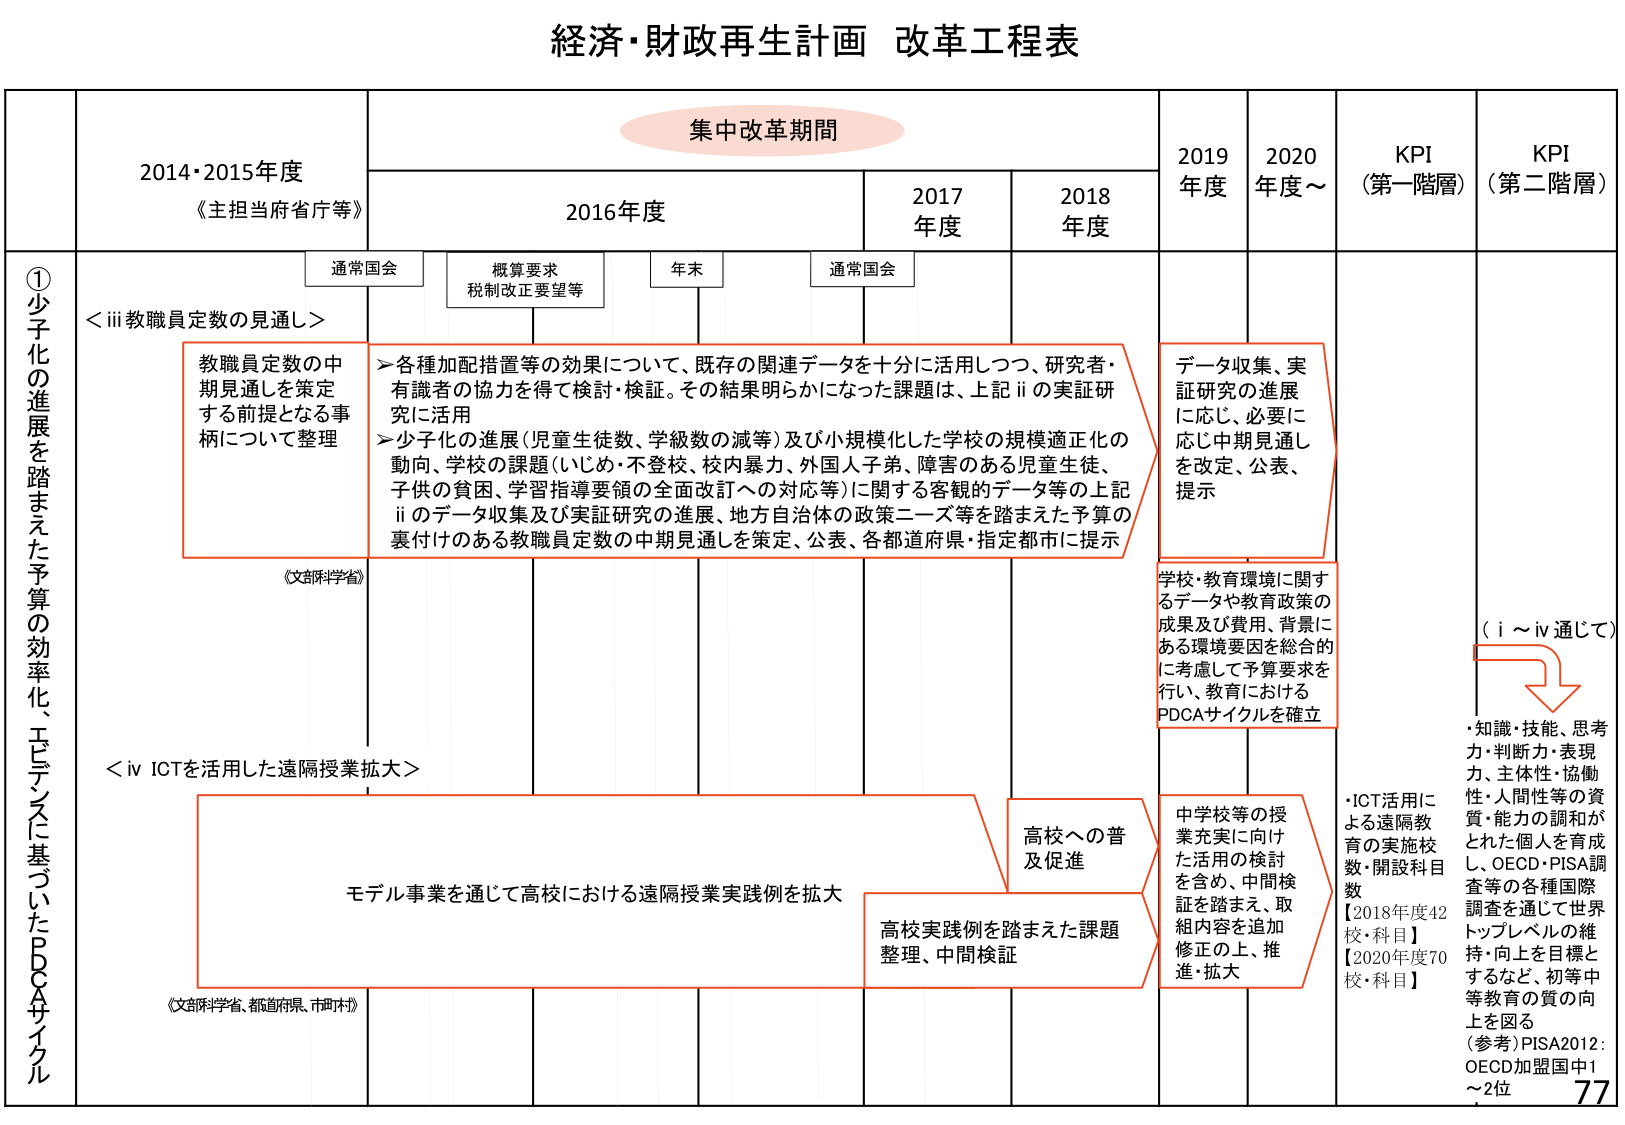
経済・財政再生計画 改革工程表

集中改革期間

2014・2015年度
《主担当府省庁等》

2016年度
通常国会
概算要求
税制改正要望等
年末
通常国会

2017年度
2018年度
2019年度
2020年度～
KPI（第一階層）
KPI（第二階層）

①少子化の進展を踏まえた予算の効率化、エビデンスに基づいたPDCAサイクル

＜iii 教職員定数の見通し＞

教職員定数の中 期見通しを策定 する前提となる事 柄について整理
（文部科学省）

＞各種加配措置等の効果について、既存の関連データを十分に活用しつつ、研究者・ 有識者の協力を得て検討・検証。その結果明らかになった課題は、上記iiの実証研 究に活用
＞少子化の進展（児童生徒数、学級数の減等）及び小規模化した学校の規模適正化の 動向、学校の課題（いじめ・不登校、校内暴力、外国人子弟、障害のある児童生徒、 子供の貧困、学習指導要領の全面改訂への対応等）に関する客観的データ等の上記 iiのデータ収集及び実証研究の進展、地方自治体の政策ニーズ等を踏まえた予算の 裏付けのある教職員定数の中期見通しを策定、公表、各都道府県・指定都市に提示

データ収集、実 証研究の進展 に応じ、必要に 応じ中期見通し を改定、公表、 提示

学校・教育環境に関するデータや教育政策の 成果及び費用、背景に ある環境要因を総合的 に考慮して予算要求を 行い、教育における PDCAサイクルを確立

（i～iv通じて）
・知識・技能、思考 力・判断力・表現 力、主体性・協働 性・人間性等の資 質・能力の調和が とれた個人を育成 し、OECD・PISA調 査等の各種国際 調査を通じて世界 トップレベルの維 持・向上を目標と するなど、初等中 等教育の質の向 上を図る
（参考）PISA2012： OECD加盟国中1～2位

＜iv ICTを活用した遠隔授業拡大＞

モデル事業を通じて高校における遠隔授業実践例を拡大
（文部科学省、都道府県、市町村）

高校への普 及促進

高校実践例を踏まえた課題 整理、中間検証

中学校等の授 業充実に向け た活用の検討 を含め、中間検 証を踏まえ、取 組内容を追加 修正の上、推 進・拡大

・ICT活用に よる遠隔教 育の実施校 数・開設科目 数
【2018年度42 校・科目】
【2020年度70 校・科目】

77